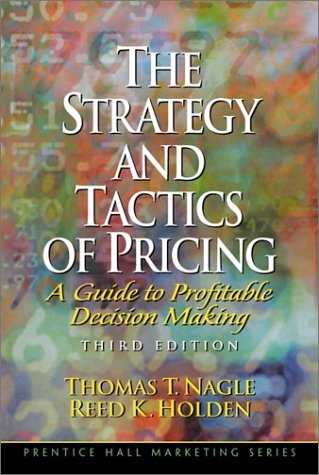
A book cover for The Strategy and Tactics of Pricing: A Guide to Profitable Decision Making (3rd Edition); Thomas Nagle; Business & Money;